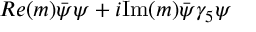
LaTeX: R e ( m ) \bar { \psi } \psi + i \mathrm { I m } ( m ) \bar { \psi } \gamma _ { 5 } \psi